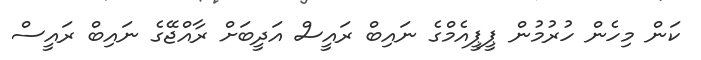
ކަން މިހެން ހުރުމުން ޕީޕީއެމްގެ ނައިބް ރައީސް އަދީބަށް ރާއްޖޭގެ ނައިބް ރައީސް